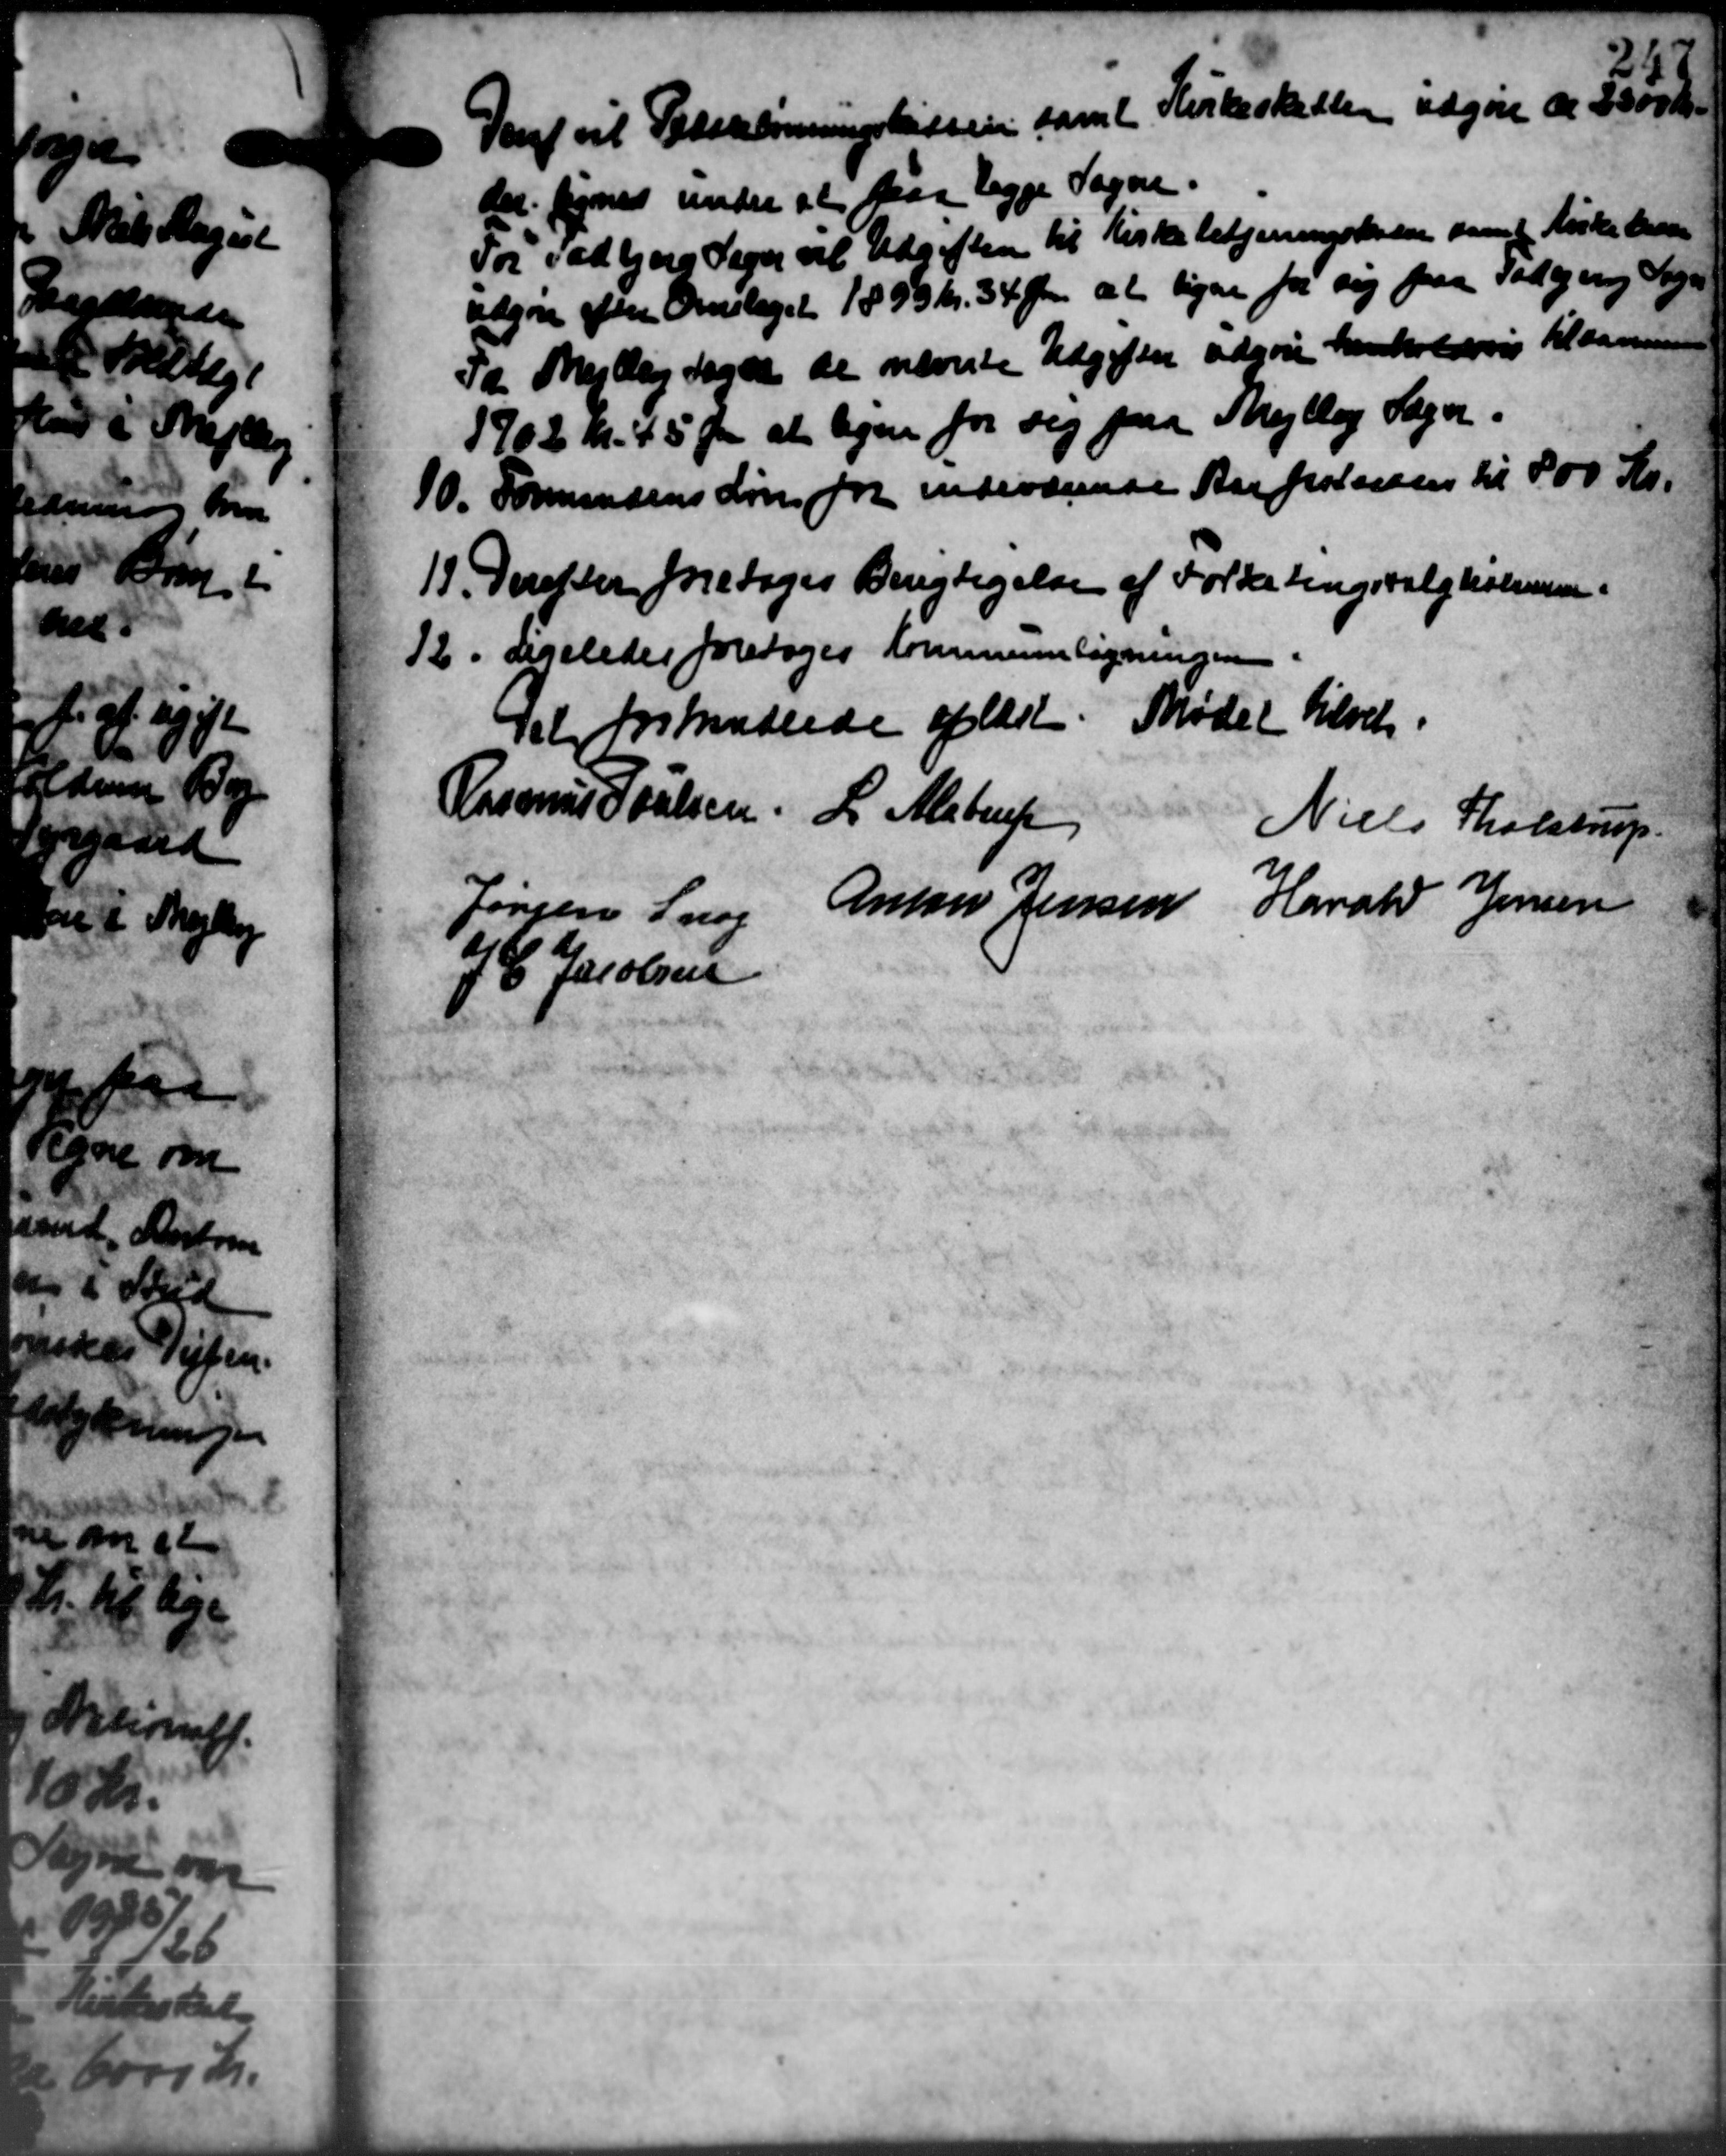
Transskription:
Den vil Pederlønningskassen samt Kirkeskatten udgøre de 2500 Kr.
det synes under at faa ligge Sogne.
For Todbjerg Sogn til Udgiften til Kirkebetjeningskole samt Fiske bevar
vdgøre efter Omslaget 1893 Kr. 34 Øre at ligne for sig paa Todbjerg Sogn
Ta Mejlby Sogen de nævnte Udgifter udgøre henholdsvis til dannes
1902 Kr. 45 Øre at lejen for sig paa Mejlby Sogn.
10. Formandens Løn for indeværende Aar protesten til 800 Kr.
10. Formandens Løn for indeværende Aar protesten til 800 Kr.
18. Derefter foretoges Berigtigelse af Folketingsvalgholmen.
18. Derefter foretoges Berigtigelse af Folketingsvalgholmen.
12. Ligeledes foretoges Kommuneligningen
12. Ligeledes foretoges Kommuneligningen
Tel forhandlede oplæst. Mødet hævet.
Rasmus Poulsen L. Alstrup
Niels Tholstrup
Jørgen Snog Anton Jensen Harald Jensen
J. C. Jacobsen